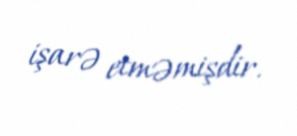
işarə etməmişdir.